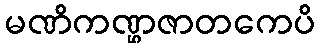
မဏိကဏ္ဌဇာတကေပိ